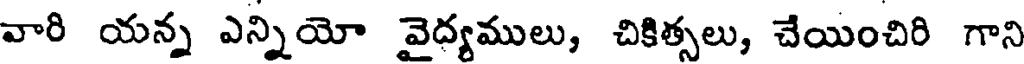
వారి యన్న ఎన్నియో వైద్యములు, చికిత్సలు, చేయించిరి గాని